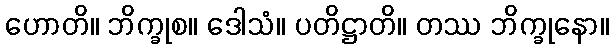
ဟောတိ။ ဘိက္ခုစ။ ဒေါသံ။ ပတိဋ္ဌာတိ။ တဿ ဘိက္ခုနော။